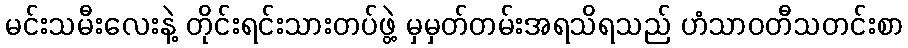
မင်းသမီးလေးနဲ့ တိုင်းရင်းသားတပ်ဖွဲ့ မှမှတ်တမ်းအရသိရသည် ဟံသာဝတီသတင်းစာ